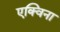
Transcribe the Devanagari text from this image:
एक्विना